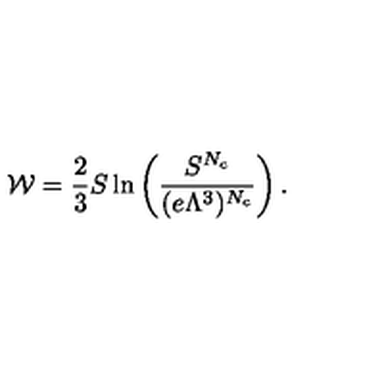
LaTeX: { \cal W } = \frac { 2 } { 3 } S \ln \left( \frac { S ^ { N _ { c } } } { ( e \Lambda ^ { 3 } ) ^ { N _ { c } } } \right) .